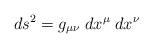
LaTeX: \begin{align*}ds^2 = g_{\mu \nu} \; dx^{\mu} \; dx^{\nu}\end{align*}